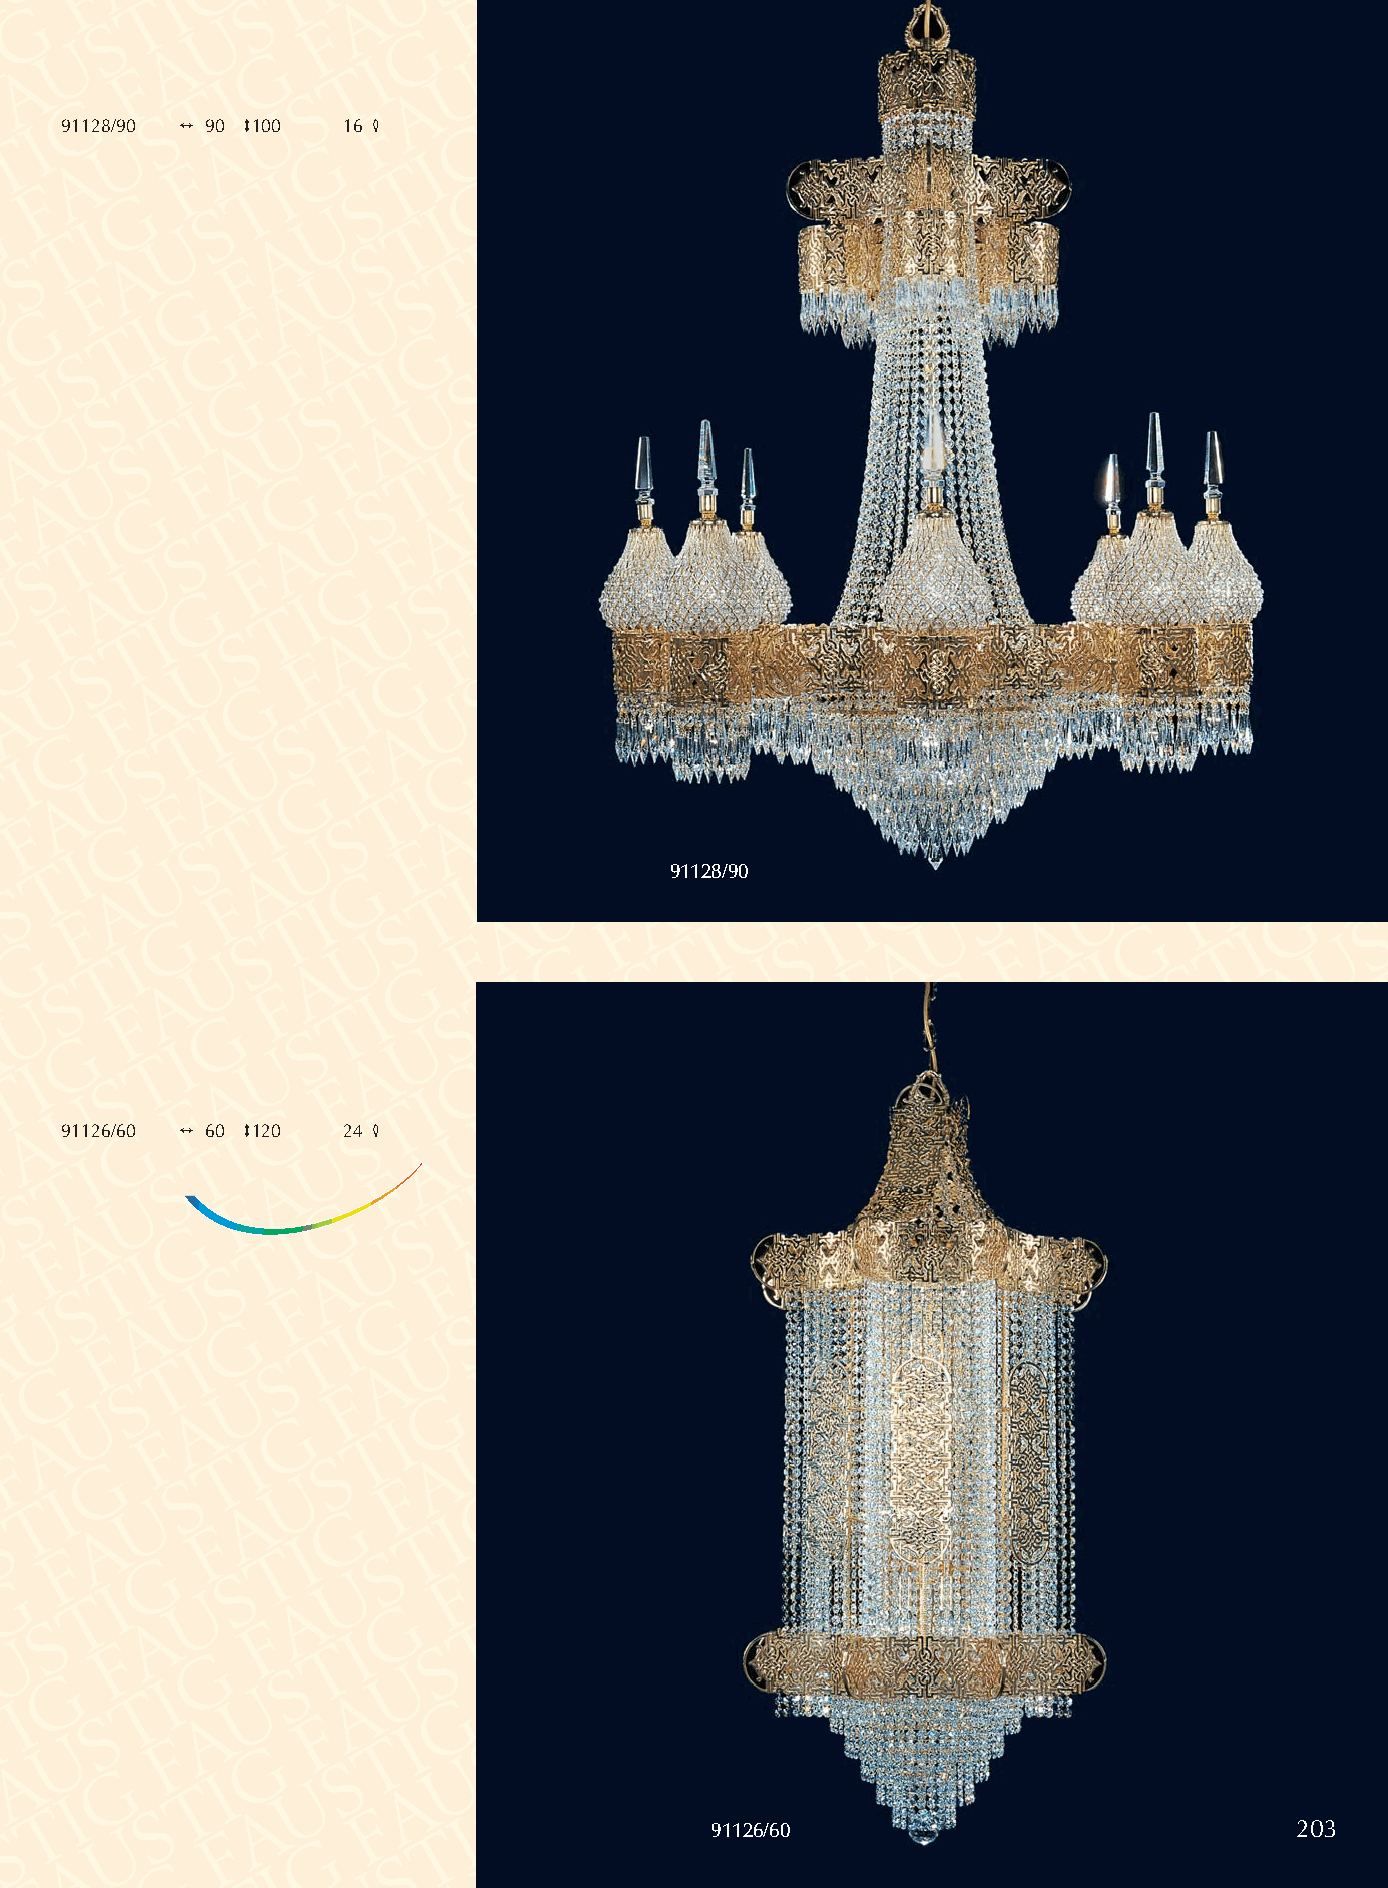
91128/90 2 90 3100 16 4
 91128/90
 91126/60 2 60 3120 24 4
 91126/60                               203